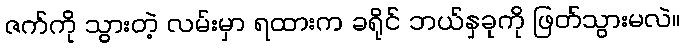
ဇက်ကို သွားတဲ့ လမ်းမှာ ရထားက ခရိုင် ဘယ်နှခုကို ဖြတ်သွားမလဲ။